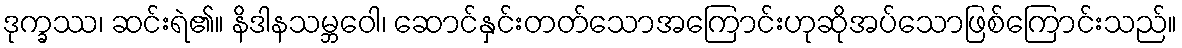
ဒုက္ခဿ၊ ဆင်းရဲ၏။ နိဒါနသမ္ဘဝေါ၊ ဆောင်နှင်းတတ်သောအကြောင်းဟုဆိုအပ်သောဖြစ်ကြောင်းသည်။